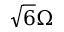
\sqrt { 6 } \Omega